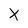
Character: X